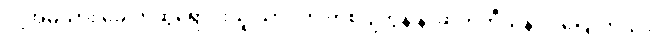
လို့အမဲသား ခေါက်ဆွဲရောင်းသူ သာဝတ် ကစ်ဂ်ျကွန် နာဆက်တီယန် ကပြောတယ်။